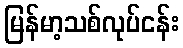
မြန်မာ့သစ်လုပ်ငန်း